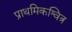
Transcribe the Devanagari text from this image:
प्राथमिकश्वित्र